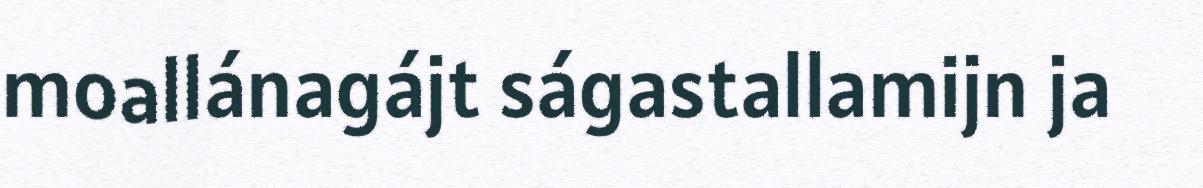
moallánagájt ságastallamijn ja